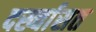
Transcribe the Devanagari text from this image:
दर्ख्वासत